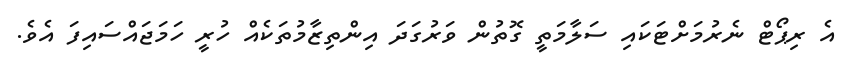
އެ ރިޕޯޓް ނެރުމަށްޓަކައި ސަލާމަތީ ގޮތުން ވަރުގަދަ އިންތިޒާމުތަކެއް ހުރީ ހަމަޖައްސައިފަ އެވެ.